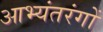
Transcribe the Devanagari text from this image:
आभ्यंतरंगों